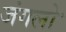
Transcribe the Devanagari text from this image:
जंगलोॱ